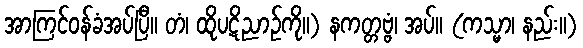
အာကြင်ဝန်ခံအပ်ပြီ။ တံ၊ ထိုပဋိညာဉ်ကို။) နကတ္တဗ္ဗံ၊ အပ်။ (ကသ္မာ၊ နည်း။)